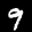
Label: 9